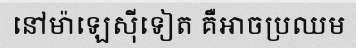
នៅម៉ាឡេស៊ីទៀត គឺអាចប្រឈម